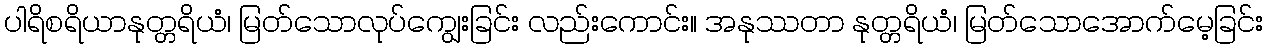
ပါရိစရိယာနုတ္တရိယံ၊ မြတ်သောလုပ်ကျွေးခြင်း လည်းကောင်း။ အနုဿတာ နုတ္တရိယံ၊ မြတ်သောအောက်မေ့ခြင်း